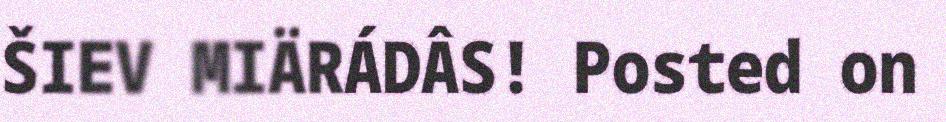
ŠIEV MIÄRÁDÂS! Posted on